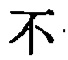
不